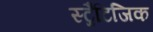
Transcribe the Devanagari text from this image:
स्ट्रैटिजिक